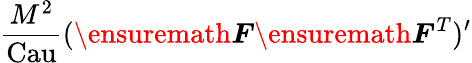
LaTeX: \frac{M^{2}}{\mathrm{Cau}}(\ensuremath{\boldsymbol{F}}\ensuremath{\boldsymbol{F}}^{T})^{\prime}